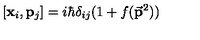
[ { \bf { x } } _ { i } , { \bf { p } } _ { j } ] = i \hbar \delta _ { i j } ( 1 + f ( { \bf \vec { p } } ^ { 2 } ) )